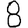
Digit: 8